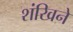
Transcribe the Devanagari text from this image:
शंखिने